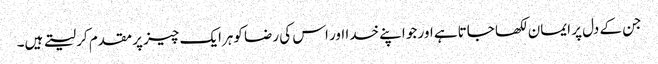
جن کے دل پر ایمان لکھا جاتاہے اور جو اپنے خدا اور اس کی رضا کوہرایک چیز پر مقدم کر لیتے ہیں۔